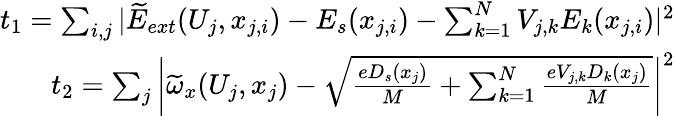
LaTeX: \begin{array}{r}{t_{1}=\sum_{i,j}^{}|\widetilde{E}_{ext}(U_{j},x_{j,i})-E_{s}(x_{j,i})-\sum_{k=1}^{N}V_{j,k}E_{k}(x_{j,i})|^{2}}\\ {t_{2}=\sum_{j}^{}\bigg|\widetilde{\omega}_{x}(U_{j},x_{j})-\sqrt{\frac{eD_{s}(x_{j})}{M}+\sum_{k=1}^{N}\frac{eV_{j,k}D_{k}(x_{j})}{M}}\bigg|^{2}}\end{array}